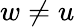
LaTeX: w\not=u